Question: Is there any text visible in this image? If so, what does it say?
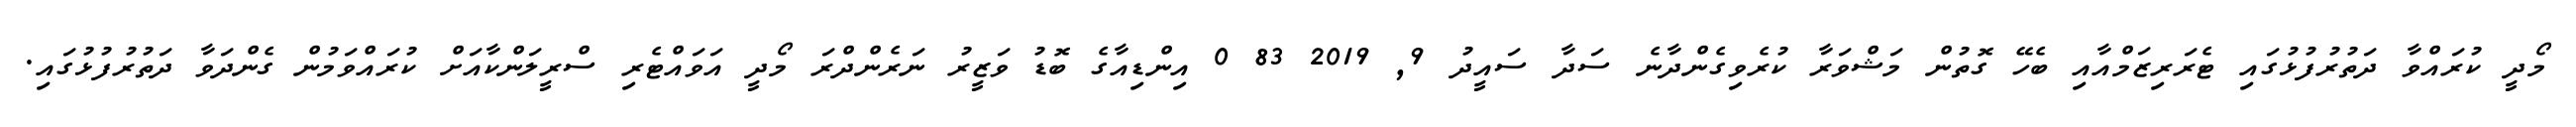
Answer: މޯދީ ކުރައްވާ ދަތުރުފުޅުގައި ޓެރަރިޒަމްއާއި ބެހޭ ގޮތުން މަޝްވަރާ ކުރެވިގެންދާނެ ސަދާ ސައީދު 9, 2019 83 0 އިންޑިއާގެ ބޮޑު ވަޒީރު ނަރެންދްރަ މޯދީ އަވައްޓެރި ސްރީލަންކާއަށް ކުރައްވަމުން ގެންދަވާ ދަތުރުފުޅުގައި.